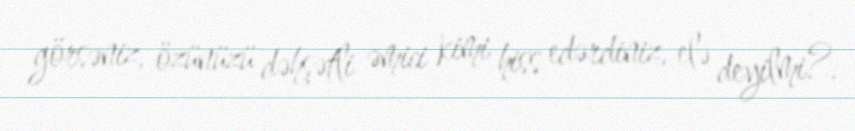
görsəniz, özünüzü dəhşətli əmici kimi hiss edərdiniz, elə deyilmi?.